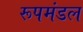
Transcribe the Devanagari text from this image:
रूपमंडल